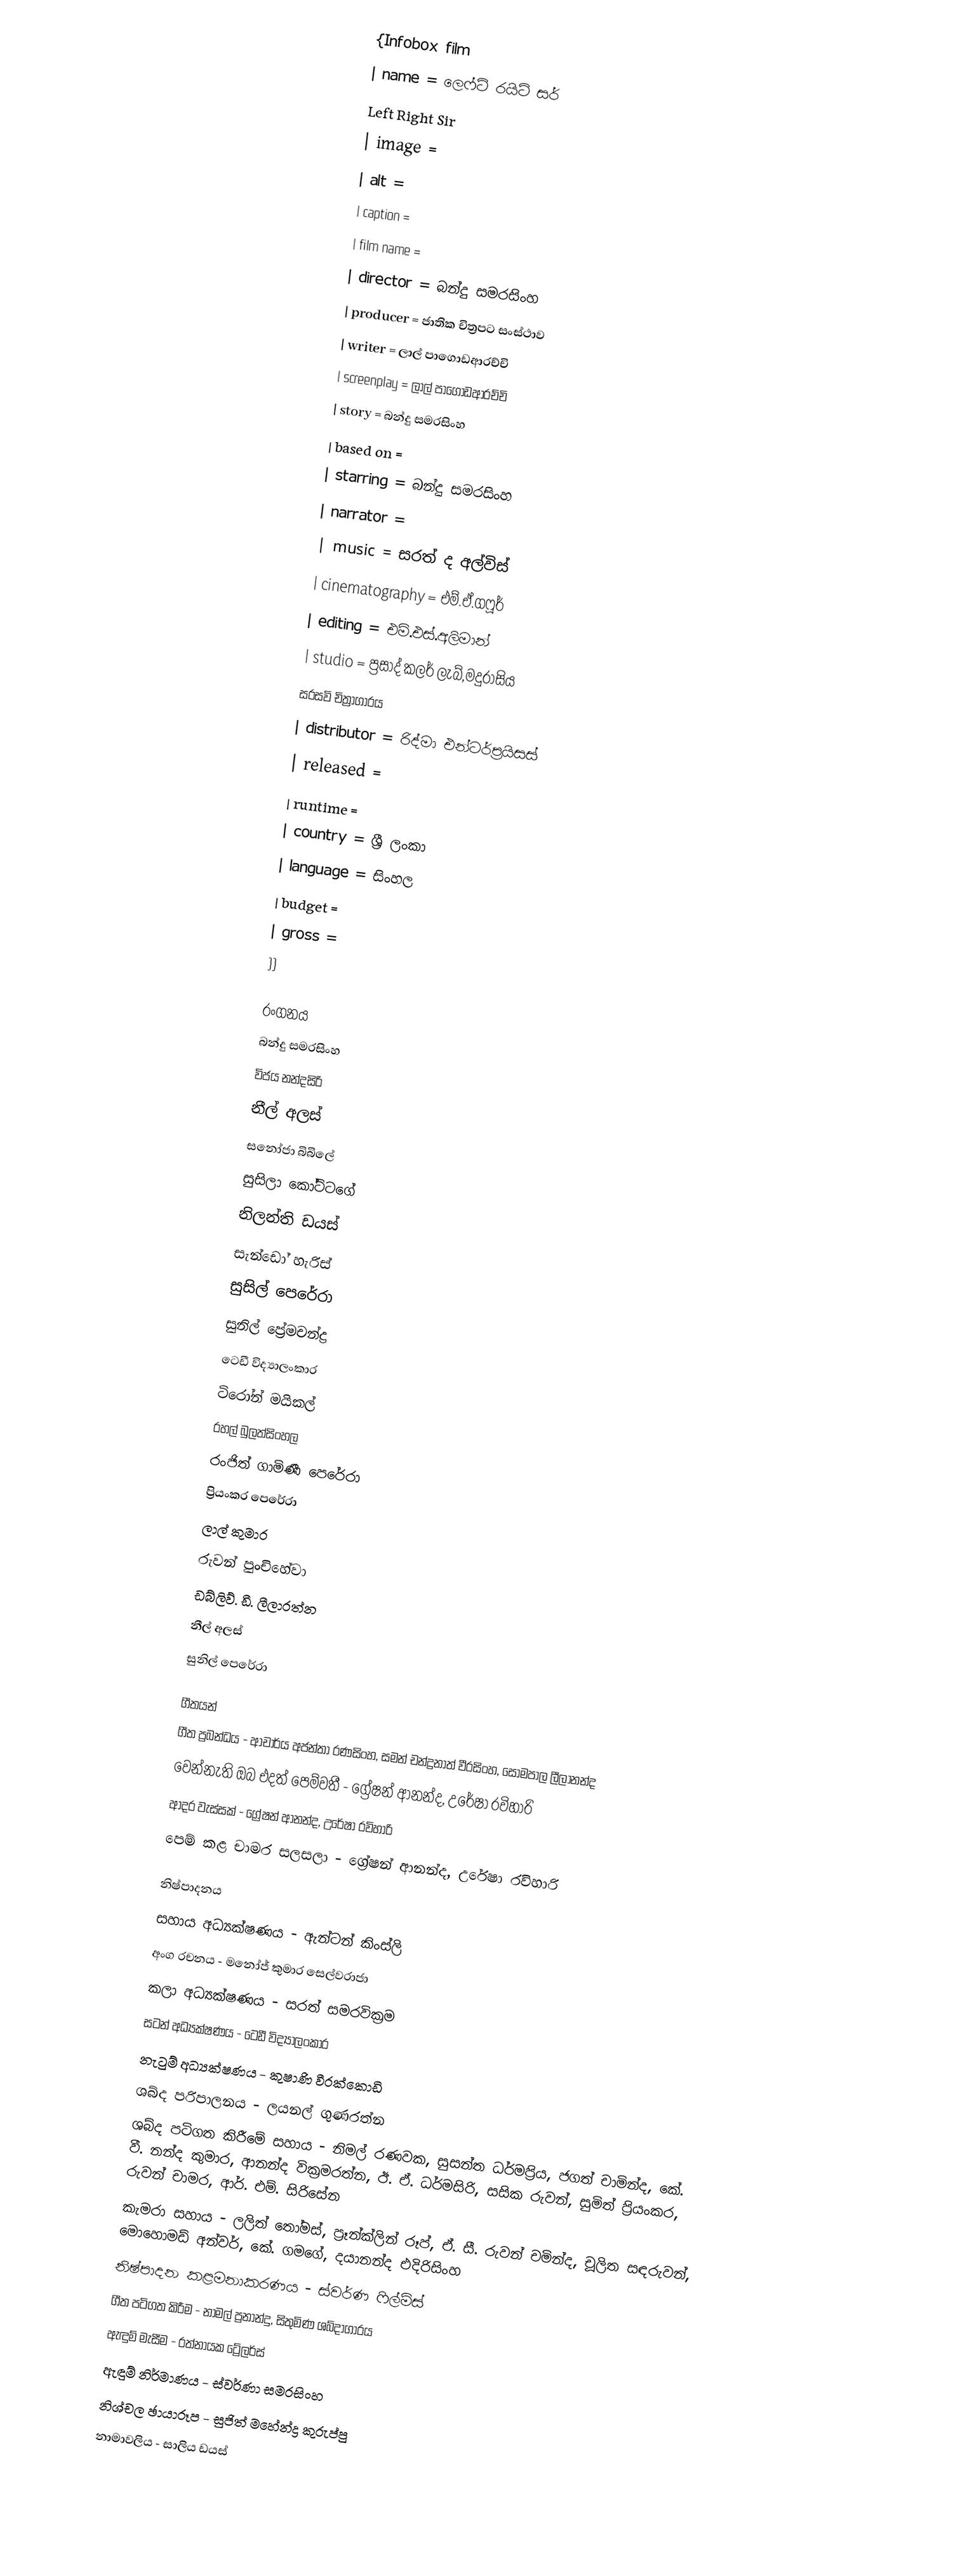
{Infobox film
| name           = ලෙෆ්ට් රයිට් සර්
Left Right Sir
| image          =
| alt            =
| caption        =
| film name      =
| director       = බන්දු සමරසිංහ
| producer       = ජාතික චිත්‍රපට සංස්ථාව
| writer         = ලාල් පාගොඩආරච්චි
| screenplay     = ලාල් පාගොඩආරච්චි
| story          = බන්දු සමරසිංහ
| based on       =
| starring       = බන්දු සමරසිංහ
| narrator       =
| music          = සරත් ද අල්විස්
| cinematography = එම්.ඒ.ගෆූර්
| editing        = එම්.එස්.අලිමාන්
| studio         = ප්‍රසාද් කලර් ලැබ්,මදුරාසිය
සරසවි චිත්‍රාගාරය
| distributor    = රිද්මා එන්ටර්ප්‍රයිසස්
| released       =
| runtime        =
| country        = ශ්‍රී ලංකා
| language       = සිංහල
| budget         =
| gross          =
}}

රංගනය
බන්දු සමරසිංහ
විජය නන්දසිරි
නීල් අලස්
සනෝජා බිබිලේ
සුසිලා කෝට්ටගේ
නිලන්ති ඩයස්
සැන්ඩෝ හැරිස්
සුසිල් පෙරේරා
සුනිල් ප්‍රේමචන්ද්‍ර
ටෙඩී විද්‍යාලංකාර
ටිරෝන් මයිකල්
රහල් බුලත්සිංහල
රංජිත් ගාමිණී පෙරේරා
ප්‍රියංකර පෙරේරා
ලාල් කුමාර
රුවන් පුංචිහේවා
ඩබ්ලිව්. ඩී. ලීලාරත්න
නීල් අලස්
සුනිල් පෙරේරා

ගීතයන්
ගීත ප්‍රබන්ධය - ආචාර්ය අජන්තා රණසිංහ, සමන් චන්ද්‍රනාත් වීරසිංහ, සෝමපාල ලීලානන්ද
වෙන්නැති ඔබ එදත් පෙම්වතී - ග්‍රේෂන් ආනන්ද, උරේෂා රවිහාරි
ආදර වැස්සක් - ග්‍රේෂන් ආනන්ද, උරේෂා රවිහාරි
පෙම් කළ චාමර සලසලා - ග්‍රේෂන් ආනන්ද, උරේෂා රවිහාරි

නිෂ්පාදනය
සහාය අධ්‍යක්ෂණය - ඇන්ටන් කිංස්ලි
අංග රචනය - මනෝජ් කුමාර සෙල්වරාජා
කලා අධ්‍යක්ෂණය - සරත් සමරවික්‍රම
සටන් අධ්‍යක්ෂණය - ටෙඩී විද්‍යාලංකාර
නැටුම් අධ්‍යක්ෂණය - කුෂාණි වීරක්කොඩි
ශබ්ද පරිපාලනය - ලයනල් ගුණරත්න
ශබ්ද පටිගත කිරීමේ සහාය - නිමල් රණවක, සුසන්ත ධර්මප්‍රිය, ජගත් චාමින්ද, කේ. වී. නන්ද කුමාර, ආනන්ද වික්‍රමරත්න, ඊ. ඒ. ධර්මසිරි, සසික රුවන්, සුමිත් ප්‍රියංකර, රුවන් චාමර, ආර්. එම්. සිරිසේන
කැමරා සහාය - ලලිත් තෝමස්, ප්‍රෑන්ක්ලින් රූප්, ඒ. සී. රුවන් චමින්ද, චූලිත සඳරුවන්, මොහොමඩ් අන්වර්, කේ. ගමගේ, දයානන්ද එදිරිසිංහ
නිෂ්පාදන කළමනාකරණය - ස්වර්ණ ෆිල්ම්ස්
ගීත පටිගත කිරීම - නාමල් ප්‍රනාන්දු, සිතුමිණ ශබ්දාගාරය
ඇඳුම් මැසීම - රත්නායක ට්‍රේලර්ස්
ඇඳුම් නිර්මාණය - ස්වර්ණා සමරසිංහ
නිශ්චල ඡායාරූප - සුජිත් මහේන්ද්‍ර කුරුප්පු
නාමාවලිය - සාලිය ඩයස්